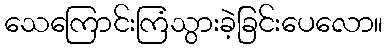
သေကြောင်းကြံသွားခဲ့ခြင်းပေလော။